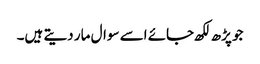
جو پڑھ لکھ جائے اسے سوال مار دیتے ہیں۔